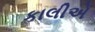
કાલીએ